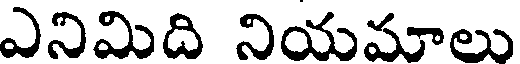
ఎనిమిది నియమాలు